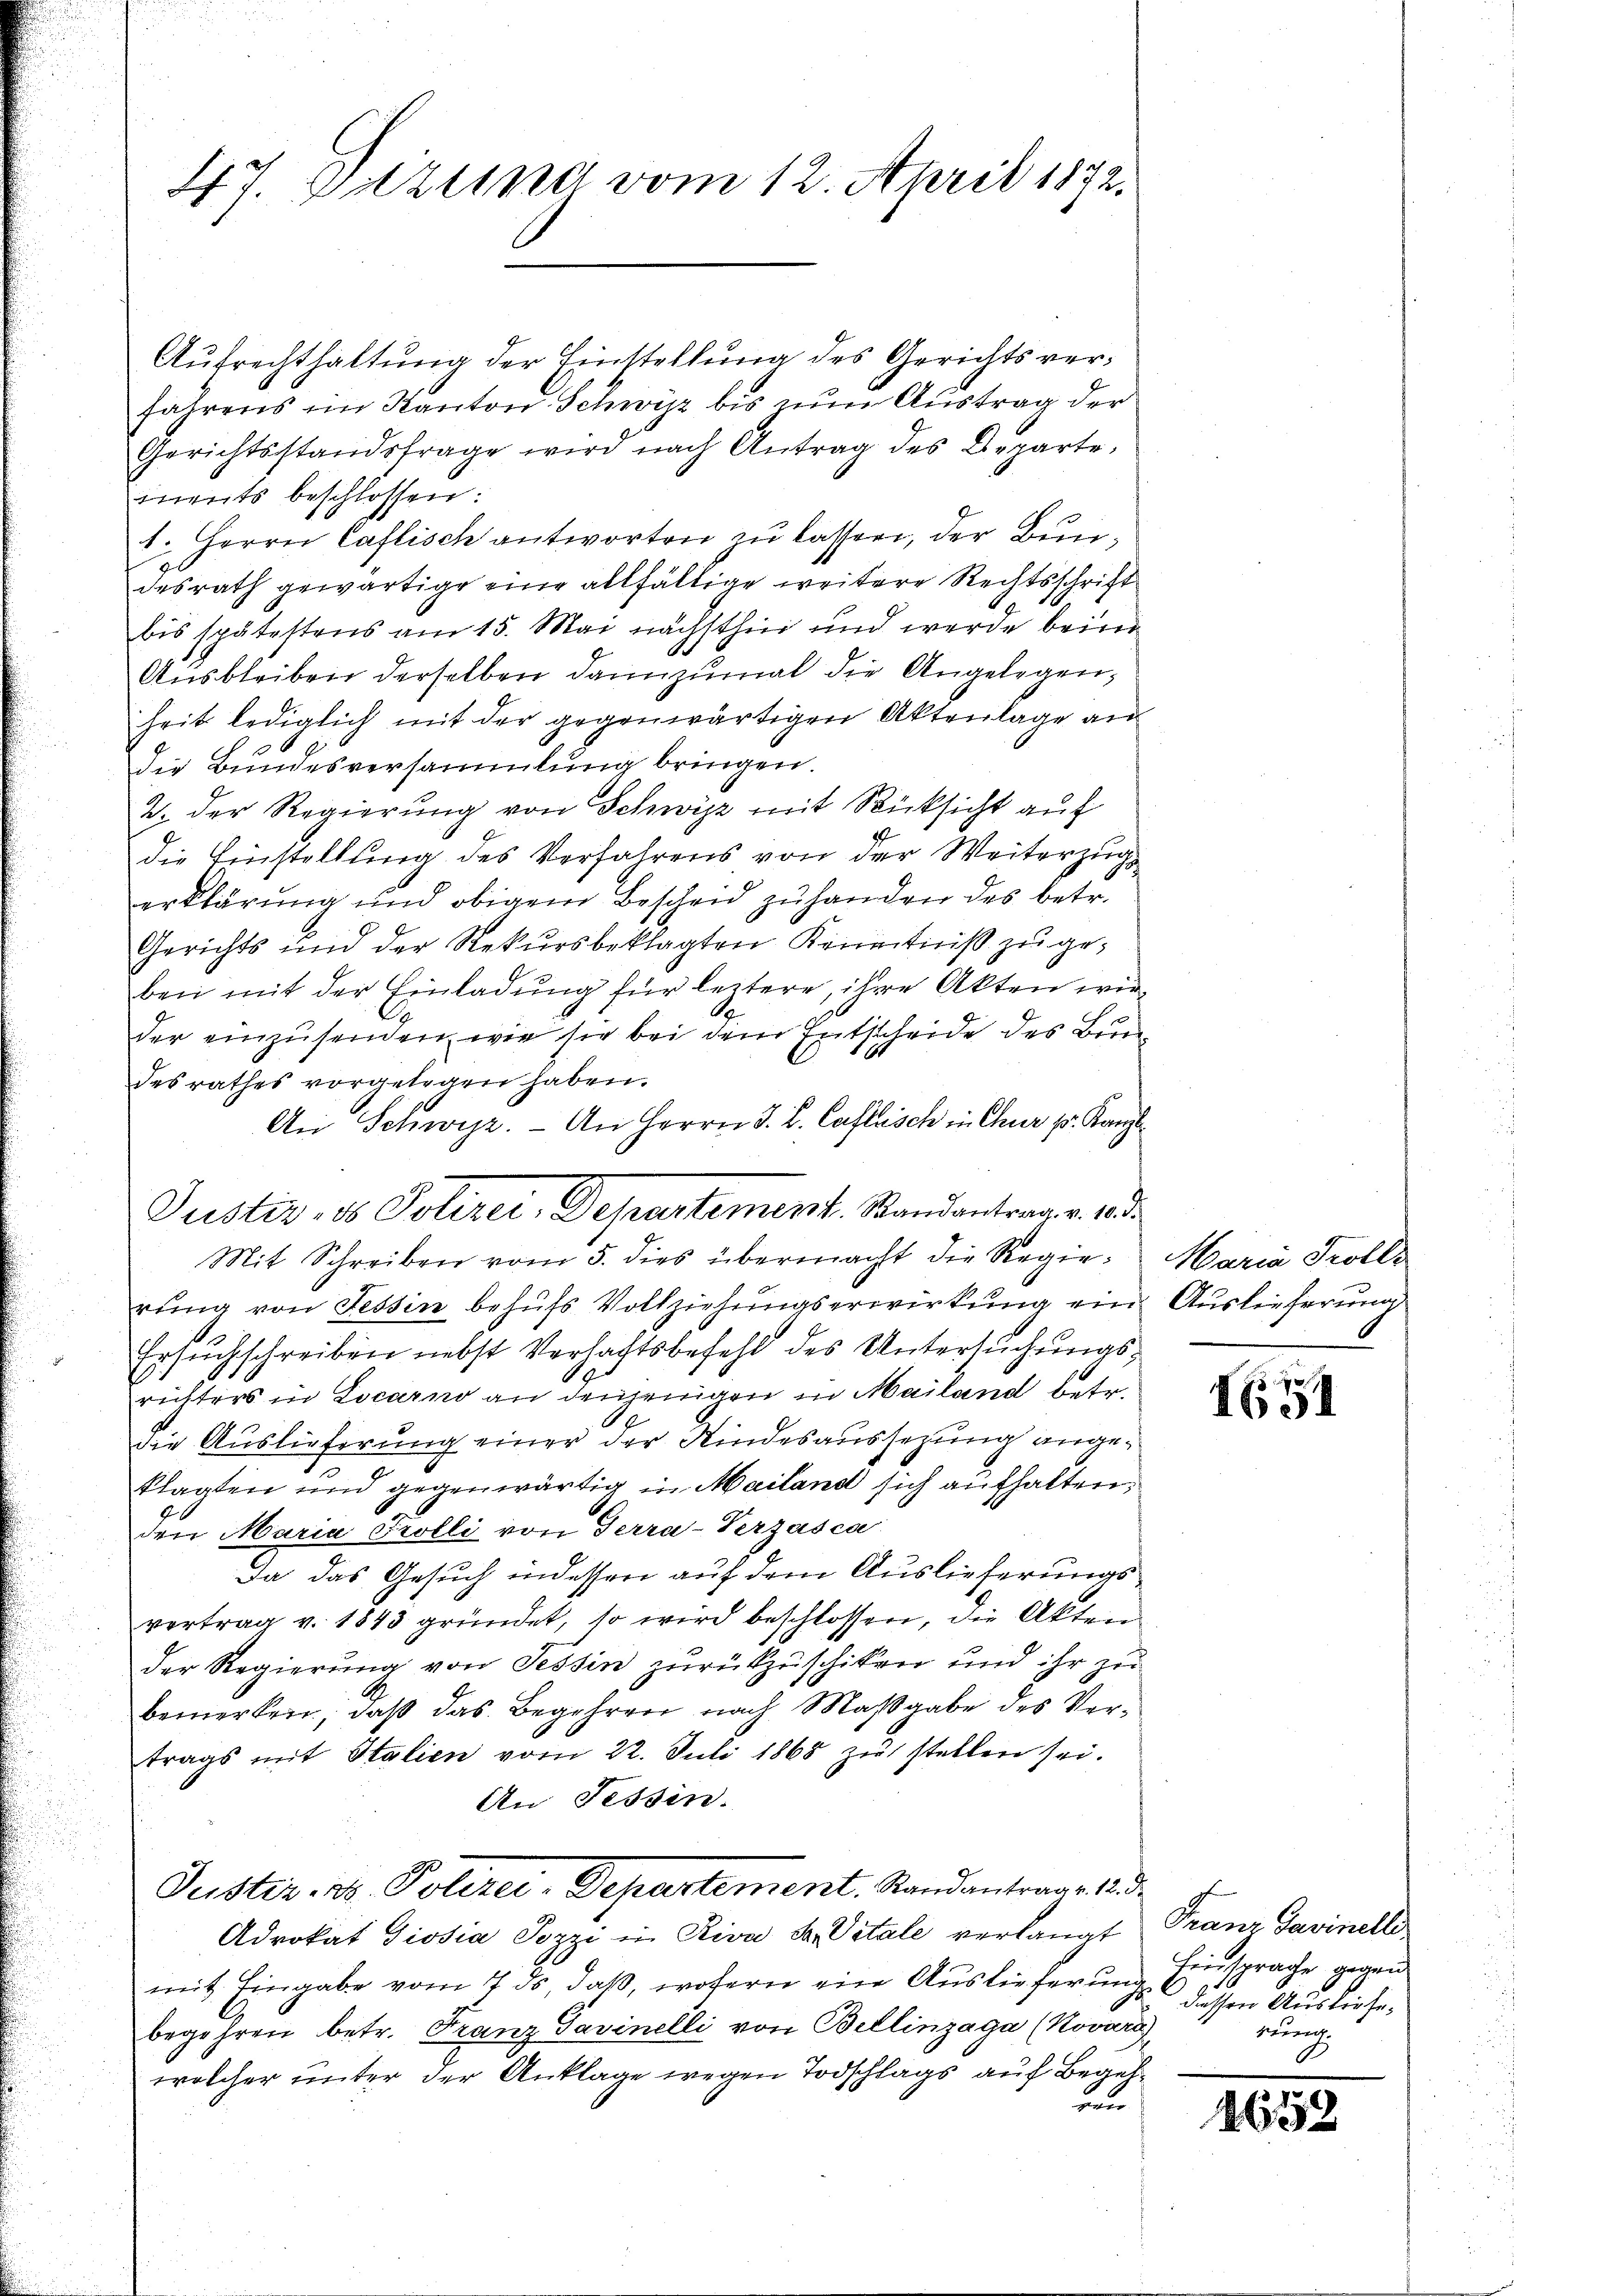
47. Dazung vom 12. April 1872.

Aufrechthaltung der Einstellung des Gerichts verfahrens im Kanton Schwyz bis zum Austrag der
Gerichtsstandsfrage wird nach Antrag des Departe,
mnents beschlossen:
1. Herrn Caflisch antworten zu lassen, der Bundesrath gewärtige eine allfällige weitere Rechtsschrift
bis spätestens am 15. Mai nächsthin und werde beim
Ausbleiben derselben dannzumal die Angelegen,
heit lediglich mit der gegenwärtigen Aktenlage an
die Bundesversammlung bringen.
2. Der Regierŭng von Schwyz mit Rücksicht auf
die Einstellung des Verfahrens von der Weiterzug
erklärung und obigem Bescheid zuhanden des betr.
Gerichts und der Rekursbeklagten Kenntniß zu geben mit der Einladung für leztere, ihre Akten wir
der einzusenden, wie sie bei dem Entscheide des Bundesrathes vorgelegen haben.
An Schwyz. - An Herrn J. L. Caflisch in Chur pr. Kanzl
Mit Schreiben vom 5. dies übermacht die Regierung von Tessin behufs Vollziehungserwirkung ein Auslieferung
Ersuchschreiben nebst Verhaftsbefehl des Untersuchungsrichters in Locarno an denjenigen in Mailand betr.
Die Auslieferung einer der Kindesaussezung angeklagten und gegenwärtig in Mailand sich aufhalten,
den Maria Trolli von Terra-Serzasca
Da das Gesuch indessen auf dem Auslieferungsvertrag v. 1843 gründet, so wird beschlossen, die Akten
der Regierung von Tessin zurückzuschiken und ihr zu
bemerken, daß das Begehren nach Maßgabe des Vertrags mit Italien vom 22. Juli 1868 zu stellen sei.
An Tessin.
Puster. Dr. Polizei-Departement. Standantrage d
Advokat Giosia Pozzi in Riva Se. Vitale verlangt
mit Eingabe vom 7. ds, daß, wofern ein Auslieferung
begehren betr. Franz Savinelli von Bellinzaga (Novare
welcher unter der Anklage wegen Todschlags auf Begelun

Justiz, es Polizei-Departement. Randantrag v. 23.

Maria Trolle

1651

Franz Savinelli
Einsprache gegend
dessen Ausliefewung

1652